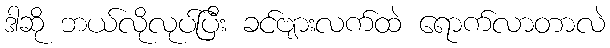
ဒါဆို ဘယ်လိုလုပ်ပြီး ခင်ဗျားလက်ထဲ ရောက်လာတာလဲ